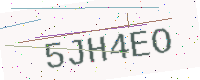
Text: 5JH4EO